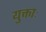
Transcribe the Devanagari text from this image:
युक्ताः